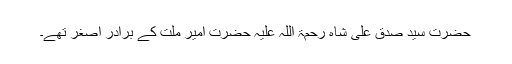
حضرت سیّد صدق علی شاہ رحمۃ اللہ علیہ حضرت امیر ملّت کے برادرِ اصغر تھے۔